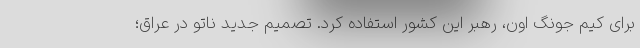
برای کیم جونگ اون، رهبر این کشور استفاده کرد. تصمیم جدید ناتو در عراق؛